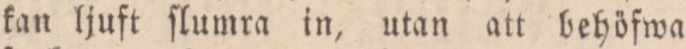
kan ljuft ſlumra in, utan att behöfwa